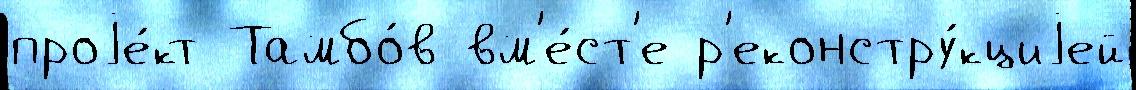
проjе́кт Тамбо́в вм'е́ст'е р'еконстру́кциjей